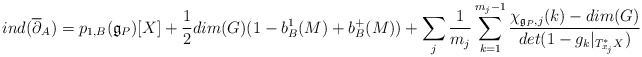
\begin{align*}ind(\overline{\partial}_A) = p_{1,B}( \mathfrak{g}_P )[X] + \frac{1}{2}dim(G)( 1 - b^1_B(M) + b^+_B(M) ) + \sum_j \frac{1}{m_j} \sum_{k=1}^{m_j-1} \frac{ \chi_{\mathfrak{g}_P,j}(k) - dim(G) }{ det(1 - g_k |_{T^*_{x_j} X } ) }\end{align*}